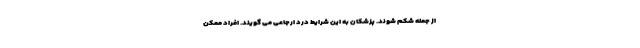
از جمله شکم شوند. پزشکان به این شرایط درد ارجاعی می گویند. افراد ممکن